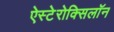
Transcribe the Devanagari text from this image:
ऐस्टेरोक्सिलॉन